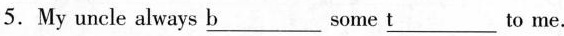
5.My uncle always \underline{b} some